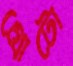
গ্রোটো